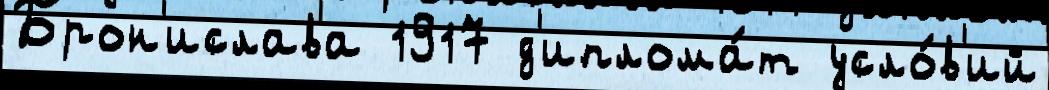
Брон'ислава 1917 д'иплома́т усло́в'ий